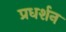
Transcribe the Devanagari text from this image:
प्रधर्शन